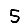
Digit: 5